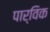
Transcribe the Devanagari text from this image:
पार्विक